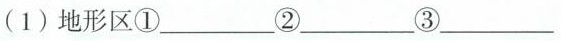
(1)地形区①___②___③___